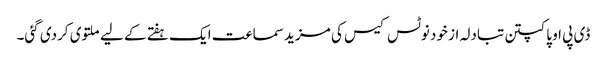
ڈی پی او پاکپتن تبادلہ از خود نوٹس کیس کی مزید سماعت ایک ہفتے کے لیے ملتوی کردی گئی۔